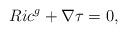
LaTeX: \begin{align*} Ric^g+\nabla \tau =0, \end{align*}